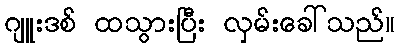
ဂျူးဒစ် ထသွားပြီး လှမ်းခေါ်သည်။